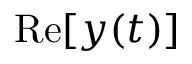
\mathrm { R e } [ y ( t ) ]